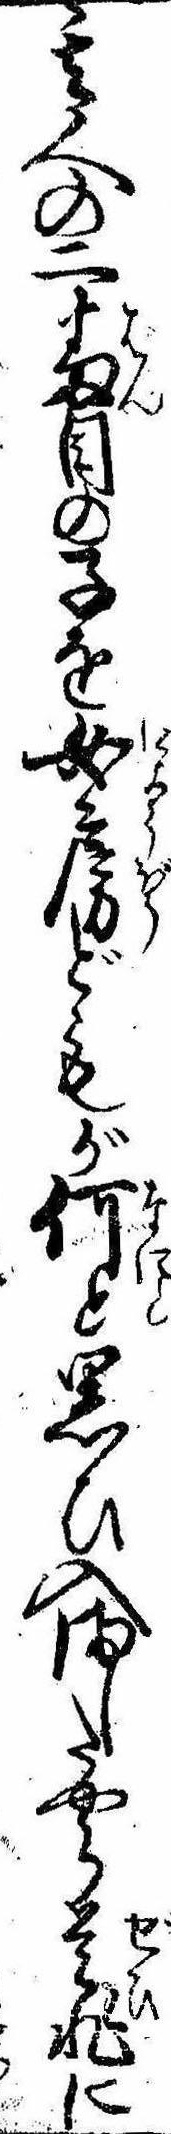
其人の二番目の子を女房どもが何と思ひ入ましたやら是非に